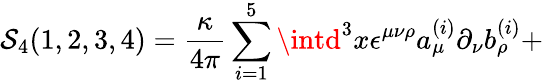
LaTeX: \mathcal{S}_{4}(1,2,3,4)={\frac{{\kappa}}{{4\pi}}}\sum_{i=1}^{5}\intd^{3}x\epsilon^{\mu\nu\rho}a_{\mu}^{(i)}\partial_{\nu}b_{\rho}^{(i)}+